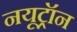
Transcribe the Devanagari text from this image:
नयूट्रॉन